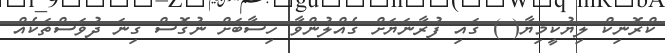
ކްރޮނިކް ލިޔުކީމިޔާ( ) ގައި ފުރާނަޔަށް ގެއްލުންވާ ހިސާބަށް ނުގޮސް ގިނަ ދުވަސްތަކެއް